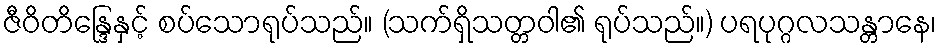
ဇီဝိတိန္ဒြေနှင့် စပ်သောရုပ်သည်။ (သက်ရှိသတ္တဝါ၏ ရုပ်သည်။) ပရပုဂ္ဂလသန္တာနေ၊